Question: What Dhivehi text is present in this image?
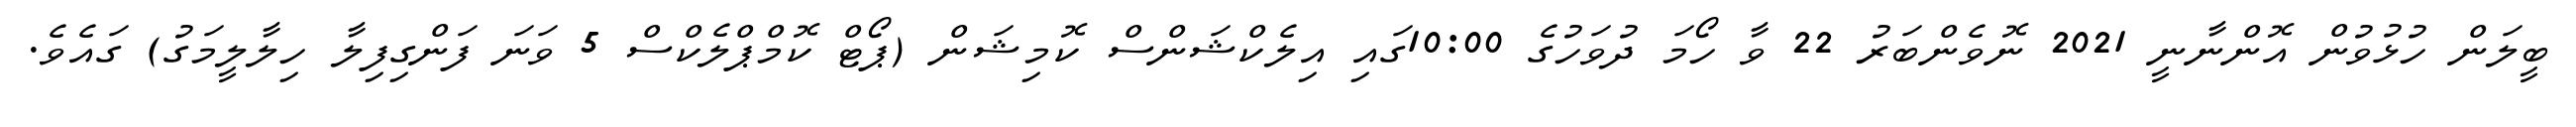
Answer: ބީލަން ހުޅުވުން އޮންނާނީ 2021 ނޮވެންބަރު 22 ވާ ހޯމަ ދުވަހުގެ 10:00ގައި އިލެކްޝަންސް ކޮމިޝަން (ޕޯޓް ކޮމްޕްލެކްސް 5 ވަނަ ފަންގިފިލާ ހިލާލީމަގު) ގައެވެ.